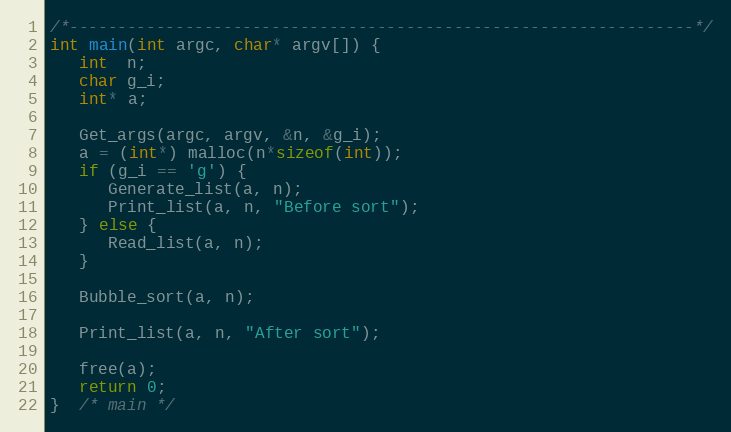
Language: C
/*-----------------------------------------------------------------*/
int main(int argc, char* argv[]) {
   int  n;
   char g_i;
   int* a;

   Get_args(argc, argv, &n, &g_i);
   a = (int*) malloc(n*sizeof(int));
   if (g_i == 'g') {
      Generate_list(a, n);
      Print_list(a, n, "Before sort");
   } else {
      Read_list(a, n);
   }

   Bubble_sort(a, n);

   Print_list(a, n, "After sort");

   free(a);
   return 0;
}  /* main */